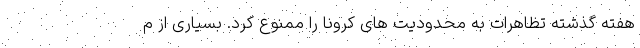
هفته گذشته تظاهرات به محدودیت های کرونا را ممنوع کرد. بسیاری از م